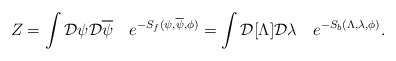
\begin{align*}Z=\int{\cal D}\psi {\cal D}\overline\psi \quad e^{-S_f(\psi,\overline\psi,\phi)} =\int {\cal D}[\Lambda]{\cal D}\lambda\quad e^{-S_b(\Lambda,\lambda,\phi)}.\end{align*}